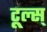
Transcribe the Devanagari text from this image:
टूल्स्